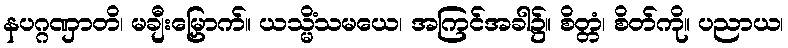
နပဂ္ဂဏှာတိ၊ မချီးမြှောက်။ ယသ္မိံသမယေ၊ အကြင်အခါ၌။ စိတ္တံ၊ စိတ်ကို။ ပညာယ၊